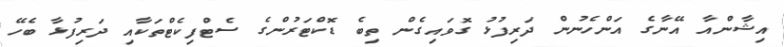
އިޝާންއާ އޭނާގެ އަންހެނުން ދަރިފުޅު ގޮވައިގެން ތިބެ ޑޮކްޓަރުންގެ ސެޓްފިކެޓްތަކާއި ދަރިފުޅާ ބެހޭ